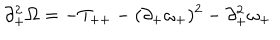
LaTeX: \partial _ { + } ^ { 2 } \Omega = - T _ { + + } - ( \partial _ { + } \omega _ { + } ) ^ { 2 } - \partial _ { + } ^ { 2 } \omega _ { + }